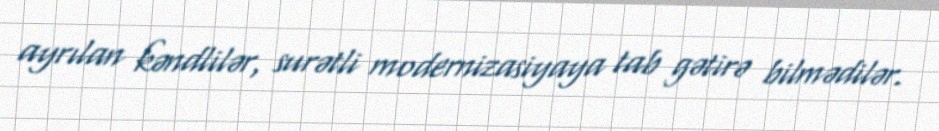
ayrılan kəndlilər, surətli modernizasiyaya tab gətirə bilmədilər.